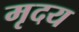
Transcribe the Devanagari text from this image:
मृदय